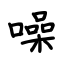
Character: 噪